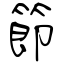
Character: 節